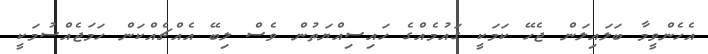
އެހެންވީމާ ބަލައިލަން ޖެހޭ ކަމަކީ ގައުމެއްގެ ހައިސިއްޔަތުން ވެސް ލިބޭ އެއްޗެއްކަން ހަމަޖެއްސުމަކީ